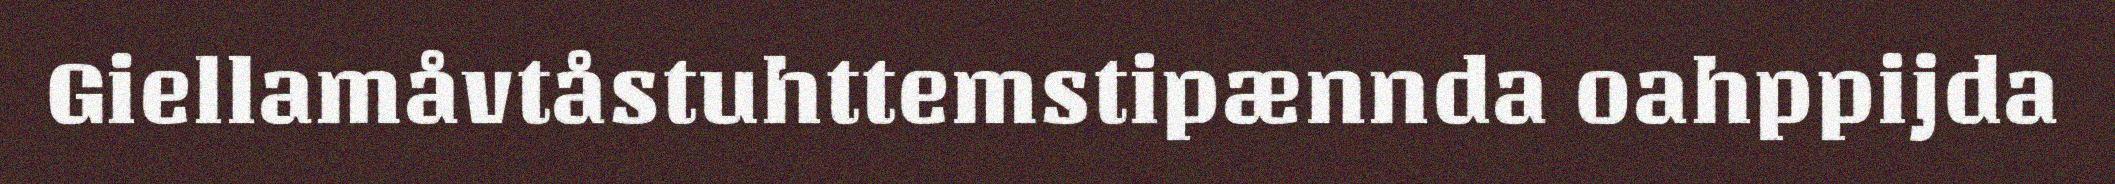
Giellamåvtåstuhttemstipænnda oahppijda